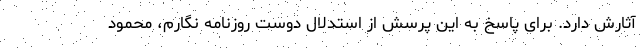
آثارش دارد. برای پاسخ به این پرسش از استدلال دوست روزنامه نگارم، محمود